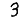
Digit: 3